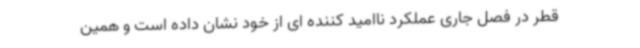
قطر در فصل جاری عملکرد ناامید کننده ای از خود نشان داده است و همین